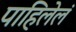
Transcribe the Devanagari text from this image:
पाहिलेलं